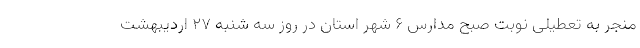
منجر به تعطیلی نوبت صبح مدارس ۶ شهر استان در روز سه شنبه ۲۷ اردیبهشت